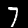
Label: 7